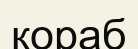
қораб